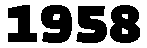
1958